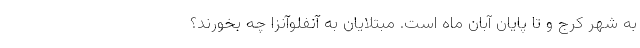
به شهر کرج و تا پایان آبان ماه است. مبتلایان به آنفلوآنزا چه بخورند؟